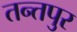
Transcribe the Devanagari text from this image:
तन्तपुर